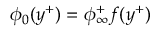
\phi _ { 0 } ( y ^ { + } ) = \phi _ { \infty } ^ { + } f ( y ^ { + } )